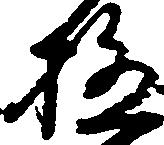
極